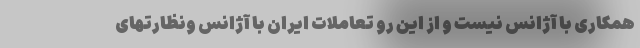
همکاری با آژانس نیست و از این رو تعاملات ایران با آژانس ونظارتهای